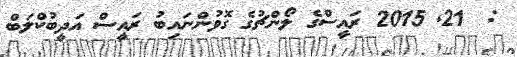
:  21